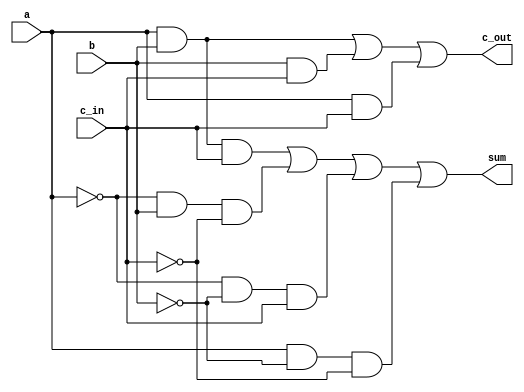
/*

The 1-bit full adder described in the chapter can be expressed in a sum of products
form.

sum= a.b.c_in + a'.b.c_in'+ a'.b'.c_in + a.b'.c_in

c_out = a.b+ b.c_in + a.c_in

Assuming a, b, c_in are the inputs and sum and c_out are the outputs, design a logic
circuit to implement the 1-bit full adder, using only and, not, and or gates. Write
the Verilog description for the circuit. You may use up to 4-input Verilog primitive
and & or gates. Write the stimulus for the full adder and check the functionality
for all input combinations

*/


module Full_Adder_1_Bit(a,b,c_in,sum,c_out);

input a,b,c_in;

output sum,c_out;

wire [9:0]w;

not (w[0],a);

not (w[1],b);

not (w[2],c_in);

and (w[3],a,b,c_in);

and (w[4],w[0],b,w[2]);

and (w[5],w[0],w[1],c_in);

and (w[6],a,w[1],w[2]);

and (w[7],a,b);

and (w[8],b,c_in);

and (w[9],a,c_in);

or (sum,w[3],w[4],w[5],w[6]);

or (c_out,w[7],w[8],w[9]);

endmodule